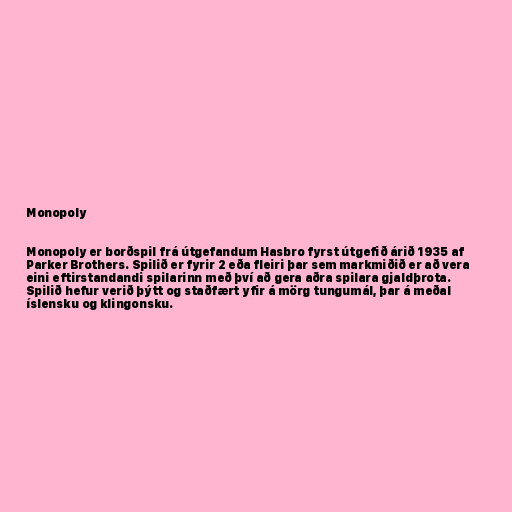
Monopoly

Monopoly er borðspil frá útgefandum Hasbro fyrst útgefið árið 1935 af
Parker Brothers. Spilið er fyrir 2 eða fleiri þar sem markmiðið er að vera
eini eftirstandandi spilarinn með því að gera aðra spilara gjaldþrota.
Spilið hefur verið þýtt og staðfært yfir á mörg tungumál, þar á meðal
íslensku og klingonsku.